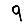
Digit: 9